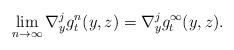
\begin{align*}\lim_{n\to\infty}\nabla^j_yg^n_t(y,z)=\nabla^j_yg^\infty_t(y,z).\end{align*}